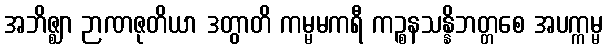
အဘိဇ္ဈာ ဉာဏဇုတိယာ ဒတွာတိ ကမ္မမကရီ ကဉ္စနသန္နိဘတ္တစေ အပက္ကမ္မ